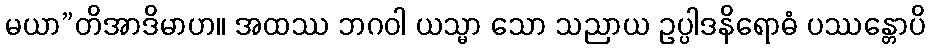
မယာ”တိအာဒိမာဟ။ အထဿ ဘဂဝါ ယသ္မာ သော သညာယ ဥပ္ပါဒနိရောဓံ ပဿန္တောပိ